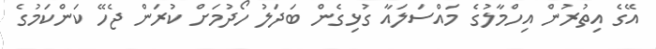
އޭގެ އިތުރުން އިހްމާލުގެ މައްސަލައާ ގުޅިގެން ބަދަލު ހޯދުމަށް ކުރަން ޖެހޭ ކަންކަމުގެ